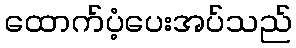
ထောက်ပံ့ပေးအပ်သည်